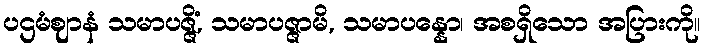
ပဌမံဈာနံ သမာပဇ္ဇိံ, သမာပဇ္ဇာမိ, သမာပန္နော၊ အစရှိသော အပြားကို။